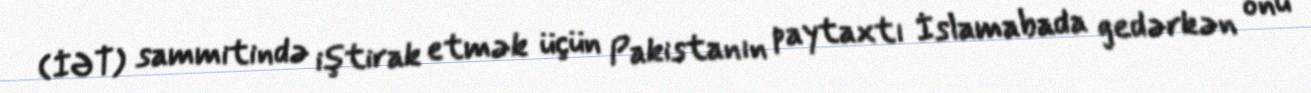
(İƏT) sammitində iştirak etmək üçün Pakistanın paytaxtı İslamabada gedərkən onu